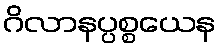
ဂိလာနပ္ပစ္စယေန